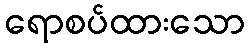
ရောစပ်ထားသော